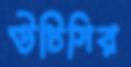
উটিসির